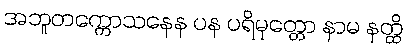
အဘူတက္ကောသနေန ပန ပရိမုတ္တော နာမ နတ္ထိ